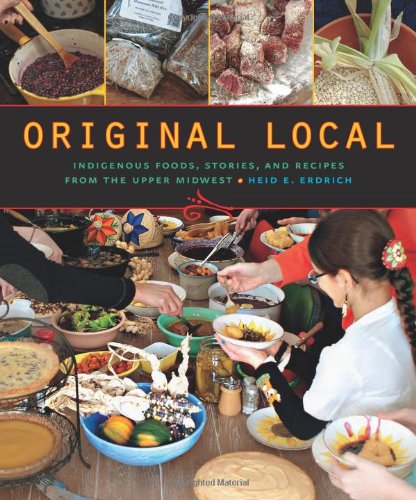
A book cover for Original Local: Indigenous Foods, Stories, and Recipes from the Upper Midwest; Heid E. Erdrich; Cookbooks, Food & Wine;